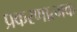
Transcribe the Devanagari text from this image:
प्रकरणात्मक